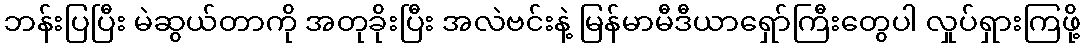
ဘန်းပြပြီး မဲဆွယ်တာကို အတုခိုးပြီး အလဲဗင်းနဲ့ မြန်မာမီဒီယာရှော်ကြီးတွေပါ လှုပ်ရှားကြဖို့